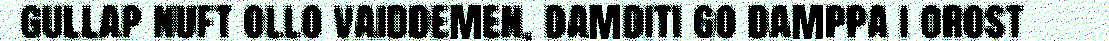
gullap nuft ollo vaiddemen, damditi go damppa i orost